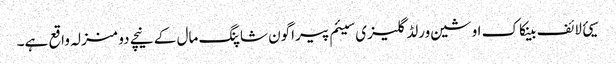
سیئ لائف بینکاک اوشین ورلڈ گلیزی سیئم پیراگون شاپنگ مال کے نیچے دو منزلہ واقع ہے۔